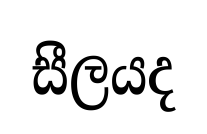
සීලයද